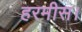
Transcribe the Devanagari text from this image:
हरमीस।